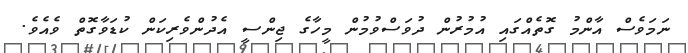
ނަމަވެސް އާންމު ގޮތެއްގައި އުމުރުން ދުވަސްވުމުން މީހާގެ ޖިންސީ އެދުންވެރިކަން ކުޑަވާގޮތް ވެއެވެ.